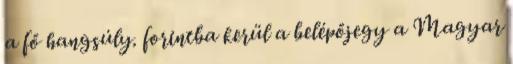
a fő hangsúly. forintba kerül a belépőjegy a Magyar